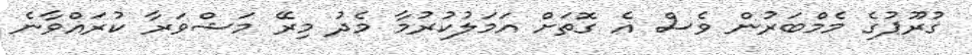
ގުރޫޕުގެ މެމްބަރުން ވެސް އެ ގޮތަށް އަމަލުކުރުމާ މެދު މިރޭ މަޝްވަރާ ކުރައްވާނެ